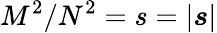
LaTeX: M^{2}/N^{2}=s=|\boldsymbol{s}|